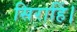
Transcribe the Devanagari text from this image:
सिराहिं।